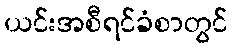
ယင်းအစီရင်ခံစာတွင်